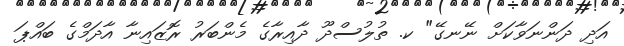
އަދި ދަންނަވާކަށް ނޭނގޭ" ކ. ތުލުސްދޫ ދާއިރާގެ މެންބަރު ރޮޒައިނާ އާދަމްގެ ބައްޕަ